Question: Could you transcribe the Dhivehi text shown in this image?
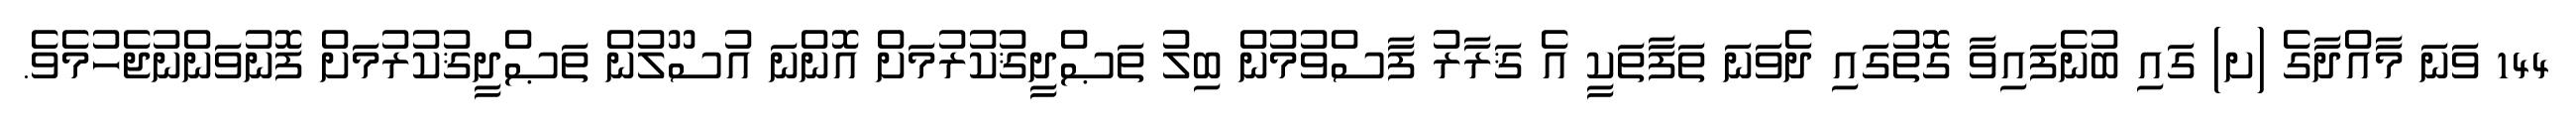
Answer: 144 ވަނަ މާއްދާގެ (ށ) ގައި ބުނެފައިވާ ގޮތުގައި ދެވަނަ ތަފާތަކީ އެ ޤަރާރު ފާސްވުމުން ބިލު ތަޞްދީޤުކުރުމަށް އޮންނަ އުސޫލުން ތަޞްދީޤުކުރުމަށް ފޮނުވަންނުޖެހުމެވެ.